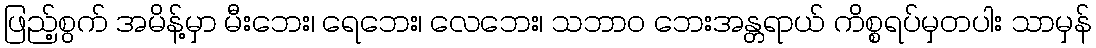
ဖြည့်စွက် အမိန့်မှာ မီးဘေး၊ ရေဘေး၊ လေဘေး၊ သဘာ၀ ဘေးအန္တရာယ် ကိစ္စရပ်မှတပါး သာမှန်